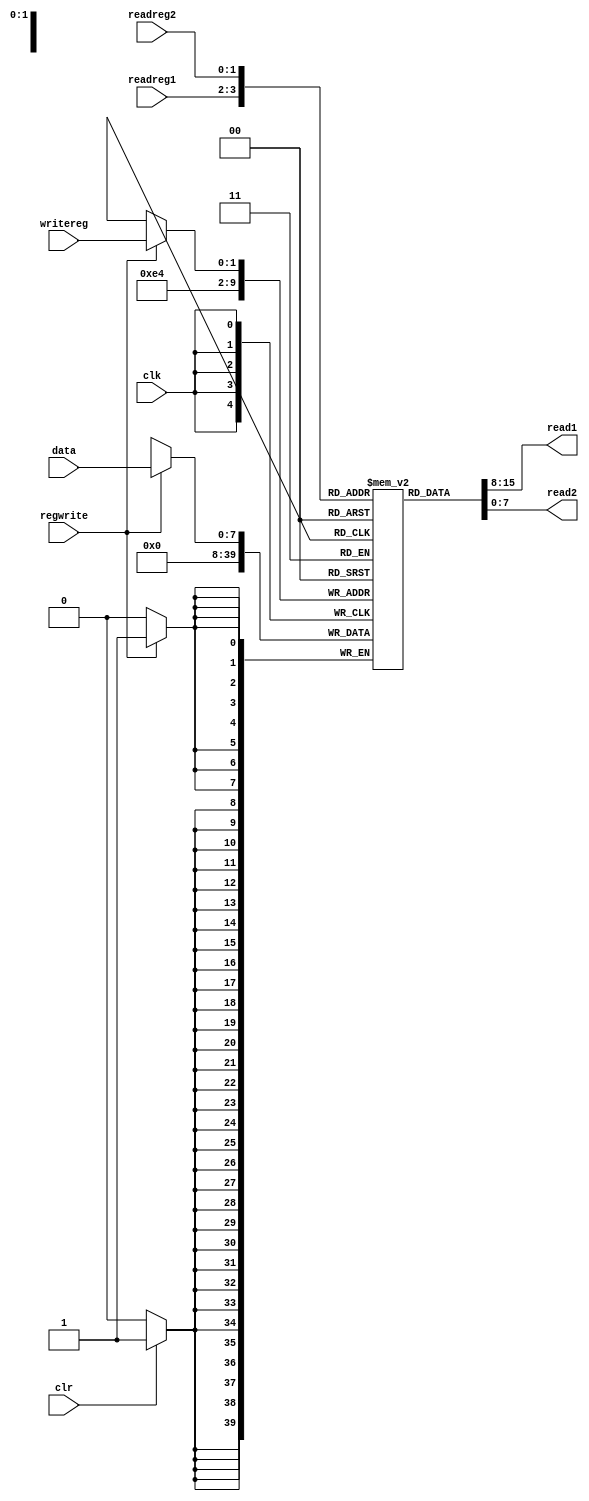
module regfile (input [1:0] readreg1, readreg2, writereg,
                input [7:0] data,
                input clk, clr, regwrite,
                output [7:0] read1, read2);
        reg [7:0] registerfile [3:0];
	integer i;
		
	always @(negedge clk) begin
			if(regwrite == 1)
				registerfile[writereg] <= data;
			if(clr == 1)
			begin
				for(i = 0; i <= 3; i = i + 1)
				begin
					registerfile[i] <= 8'b0;
				end
			end
	end
	
		assign read1 = registerfile[readreg1];
		assign read2 = registerfile[readreg2];
endmodule //regfile